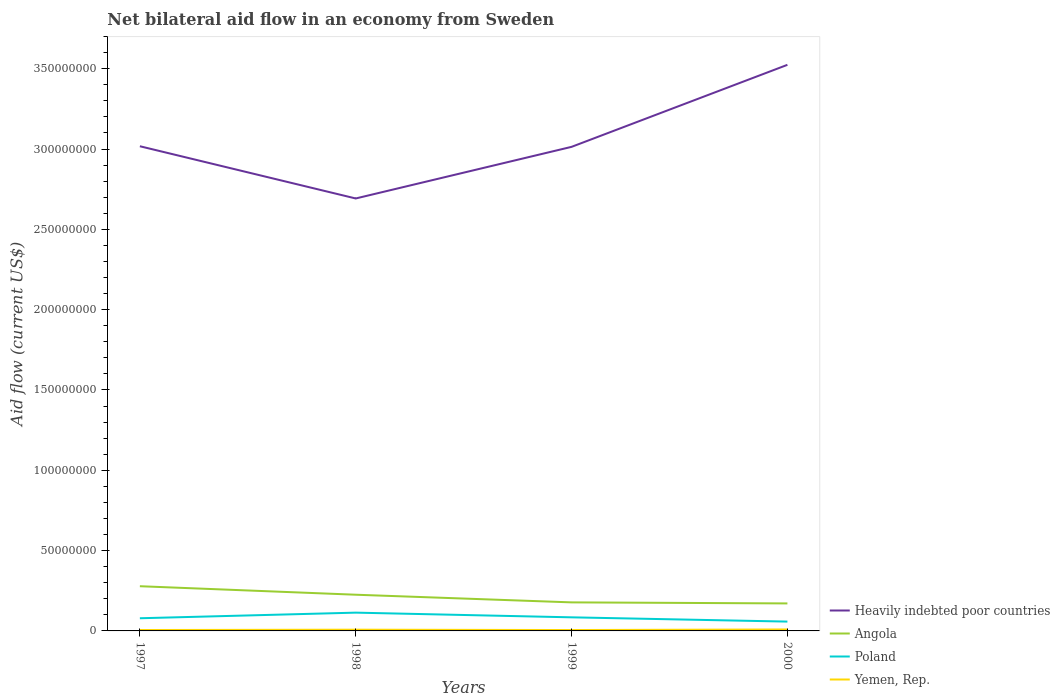
| Years | Heavily indebted poor countries | Angola | Poland | Yemen, Rep. |
 | --- | --- | --- | --- | --- |
 | 1997 | 3.02e+08 | 2.78e+07 | 7.89e+06 | 5.6e+05 |
 | 1998 | 2.69e+08 | 2.25e+07 | 1.14e+07 | 7.7e+05 |
 | 1999 | 3.01e+08 | 1.78e+07 | 8.46e+06 | 5.5e+05 |
 | 2000 | 3.52e+08 | 1.71e+07 | 5.81e+06 | 9.1e+05 |